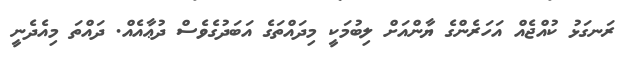
ރަނގަޅު ކުއްޖެއް އަހަރެންގެ ޔާންއަށް ލިބުމަކީ މިދައްތަގެ އަބަދުގެވެސް ދުޢާއެއް. ދައްތަ މިއެދެނީ